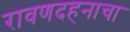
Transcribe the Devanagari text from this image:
रावणदहनाचा